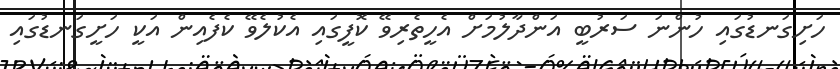
ހަށިގަނޑުގައި ހުންނަ ސަރުބީ އަންދާލުމަށް އެހީތެރިވޭ ކޮފީގައި އެކުލެވޭ ކެފެއިން އަކީ ހަށީގަނޑުގައި